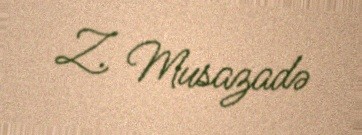
Z. Musazadə